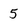
Character: 5